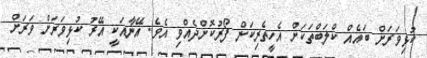
ކުޅިވަރަށް ބައެއް ކްލަބްތަކަށް އެހީތެރިކަން ފޯރުކޮށްދެއްވި އެވެ. އޭނާއަކީ އޭރު ކުޅިވަރަށް ވަރަށް